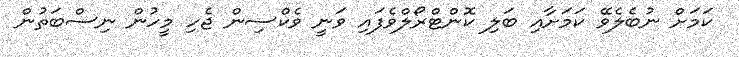
ކަމަށް ނުބެލެވޭ ކަމަށާއި ބަލި ކޮންޓްރޯލްވެފައި ވަނީ ވެކްސިން ޖެހި މީހުން ނިސްބަތުން